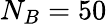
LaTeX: N_{B}=50